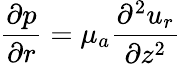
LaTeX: \frac{{\partial}{p}}{{\partial}{r}}={\mu}_{a}\frac{{\partial}^{2}{u}_{r}}{{\partial}z^{2}}